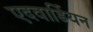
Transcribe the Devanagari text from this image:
एदवार्डियन